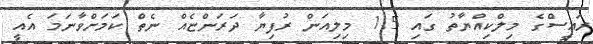
ރައީސްގެ މިލްކިއްޔާތު ގައި 1.5 މިލިއަން ރުފިޔާ ދަރަންޏެއް ނެތް ކަމަށްވާނަމަ އެއީ